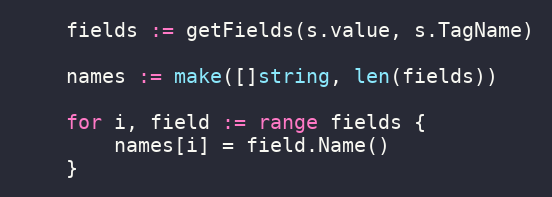
Language: Go
	fields := getFields(s.value, s.TagName)

	names := make([]string, len(fields))

	for i, field := range fields {
		names[i] = field.Name()
	}